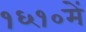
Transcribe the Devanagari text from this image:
१६१०में